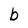
Character: b